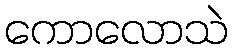
ကောလောသဲ